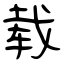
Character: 载